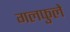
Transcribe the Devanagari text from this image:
गलफुले